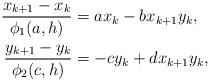
LaTeX: \begin{align*}\frac{x_{k+1}-x_k}{\phi_1(a,h)} &= ax_k-bx_{k+1}y_k,\\\frac{y_{k+1}-y_k}{\phi_2(c,h)} &= -cy_k+dx_{k+1}y_k,\end{align*}